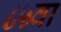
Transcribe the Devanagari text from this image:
८५वा